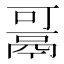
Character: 𱆋